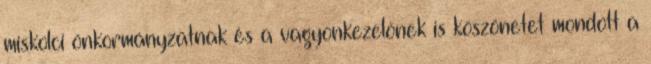
miskolci önkormányzatnak és a vagyonkezelőnek is köszönetet mondott a